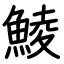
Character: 鯪